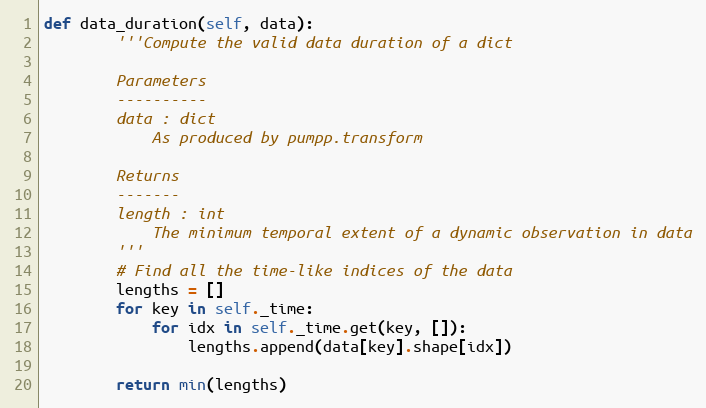
Language: Python
def data_duration(self, data):
        '''Compute the valid data duration of a dict

        Parameters
        ----------
        data : dict
            As produced by pumpp.transform

        Returns
        -------
        length : int
            The minimum temporal extent of a dynamic observation in data
        '''
        # Find all the time-like indices of the data
        lengths = []
        for key in self._time:
            for idx in self._time.get(key, []):
                lengths.append(data[key].shape[idx])

        return min(lengths)